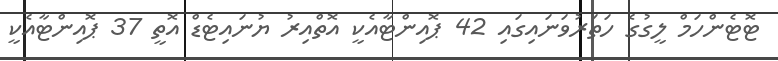
ޓޮޓެންހަމް ލީގުގެ ހަތަރުވަނައިގައި 42 ޕޮއިންޓާއެކީ އޮތްއިރު ޔުނައިޓެޑް އޮތީ 37 ޕޮއިންޓާއެކީ